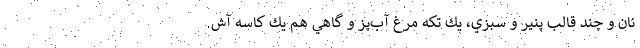
نان و چند قالب پنير و سبزي، يك تكه مرغ آب‌پز و گاهي هم يك كاسه آش.